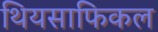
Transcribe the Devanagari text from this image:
थियसाफिकल